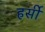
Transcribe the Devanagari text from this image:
हर्सी